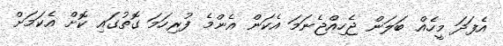
އެފަދަ މީހެއް ބަލަން ޖެހިއްޖެނަމަ އެކަން އެންމެ ފުރިހަމަ ގޮތުގައި ކޮށް އެކަމަށް